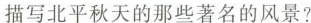
描写北平秋天的那些著名的风景？